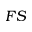
F S